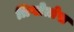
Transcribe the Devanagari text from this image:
त्रिप्लेत्तेस